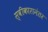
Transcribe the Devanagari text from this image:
स्वीकारानंतर